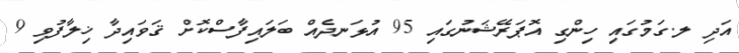
އަދި ލ.ގަމުގައި ހިންގި އޮޕަރޭޝަނުގައި 95 އުޅަނދެއް ބަލައިފާސްކޮށް ޤަވައިދާ ޚިލާފުވި 9